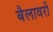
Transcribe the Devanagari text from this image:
बैलावरी